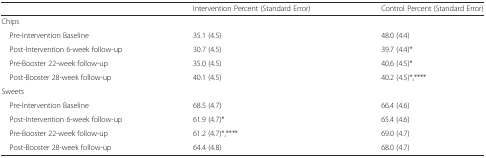
<table><thead><tr><td></td><td><b>Intervention Percent (Standard Error)</b></td><td><b>Control Percent (Standard Error)</b></td></tr></thead><tbody><tr><td>Chips</td><td></td><td></td></tr><tr><td> Pre-Intervention Baseline</td><td>35.1 (4.5)</td><td>48.0 (4.4)</td></tr><tr><td> Post-Intervention 6-week follow-up</td><td>30.7 (4.5)</td><td>39.7 (4.4)*</td></tr><tr><td> Pre-Booster 22-week follow-up</td><td>35.0 (4.5)</td><td>40.6 (4.5)*</td></tr><tr><td> Post-Booster 28-week follow-up</td><td>40.1 (4.5)</td><td>40.2 (4.5)*,****</td></tr><tr><td>Sweets</td><td></td><td></td></tr><tr><td> Pre-Intervention Baseline</td><td>68.5 (4.7)</td><td>66.4 (4.6)</td></tr><tr><td> Post-Intervention 6-week follow-up</td><td>61.9 (4.7)*</td><td>65.4 (4.6)</td></tr><tr><td> Pre-Booster 22-week follow-up</td><td>61.2 (4.7)*,****</td><td>69.0 (4.7)</td></tr><tr><td> Post-Booster 28-week follow-up</td><td>64.4 (4.8)</td><td>68.0 (4.7)</td></tr></tbody></table>